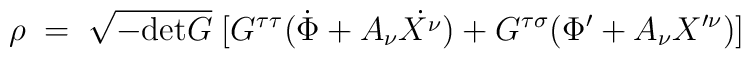
\rho\;=\;\sqrt{-\mbox{det}G}\;[G^{\tau\tau}(\dot{\Phi}+A_\nu\dot{X^{\nu}})+G^{\tau\sigma}(\Phi^{\prime}+A_\nu X^{\prime\nu})]